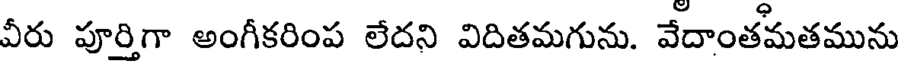
వీరు పూర్తిగా అంగీకరింప లేదని విదితమగును. వేదాంతమతమును